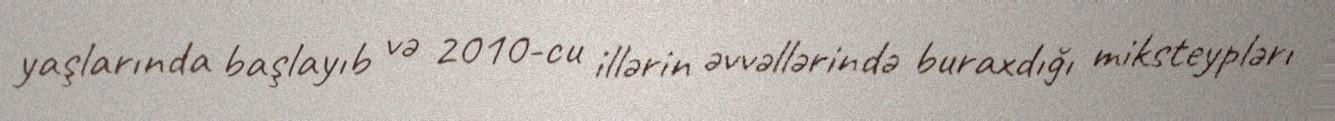
yaşlarında başlayıb və 2010-cu illərin əvvəllərində buraxdığı miksteyplərı